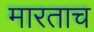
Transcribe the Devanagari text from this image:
मारताच